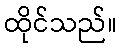
ထိုင်သည်။